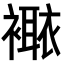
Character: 𧝯